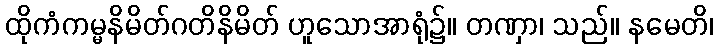
ထိုကံကမ္မနိမိတ်ဂတိနိမိတ် ဟူသောအာရုံ၌။ တဏှာ၊ သည်။ နမေတိ၊